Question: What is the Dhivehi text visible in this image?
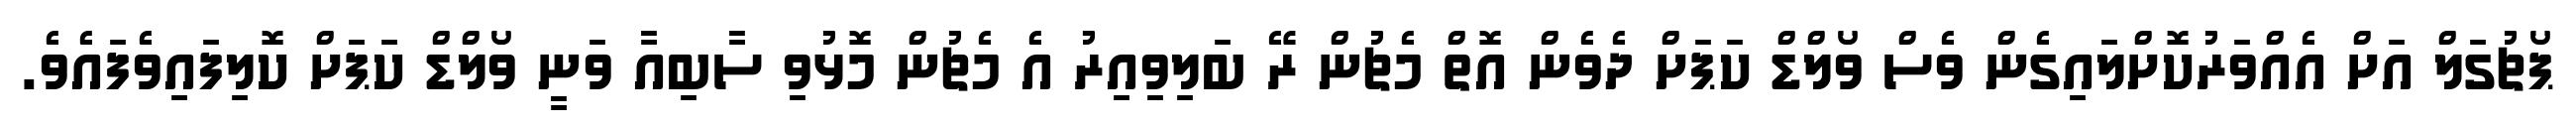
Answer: ޕޯޗުގަލް އަށް އެއްވަރުކޮށްލައިގެން ވެސް ވޯލްޑް ކަޕަށް ދެވެން އޮތް މެޗުން ރޭ ބަލިވިއިރު އެ މެޗުން މޮޅުވި ސާބިއާ ވަނީ ވޯލްޑް ކަޕަށް ކޮލިފައިވެފައެވެ.